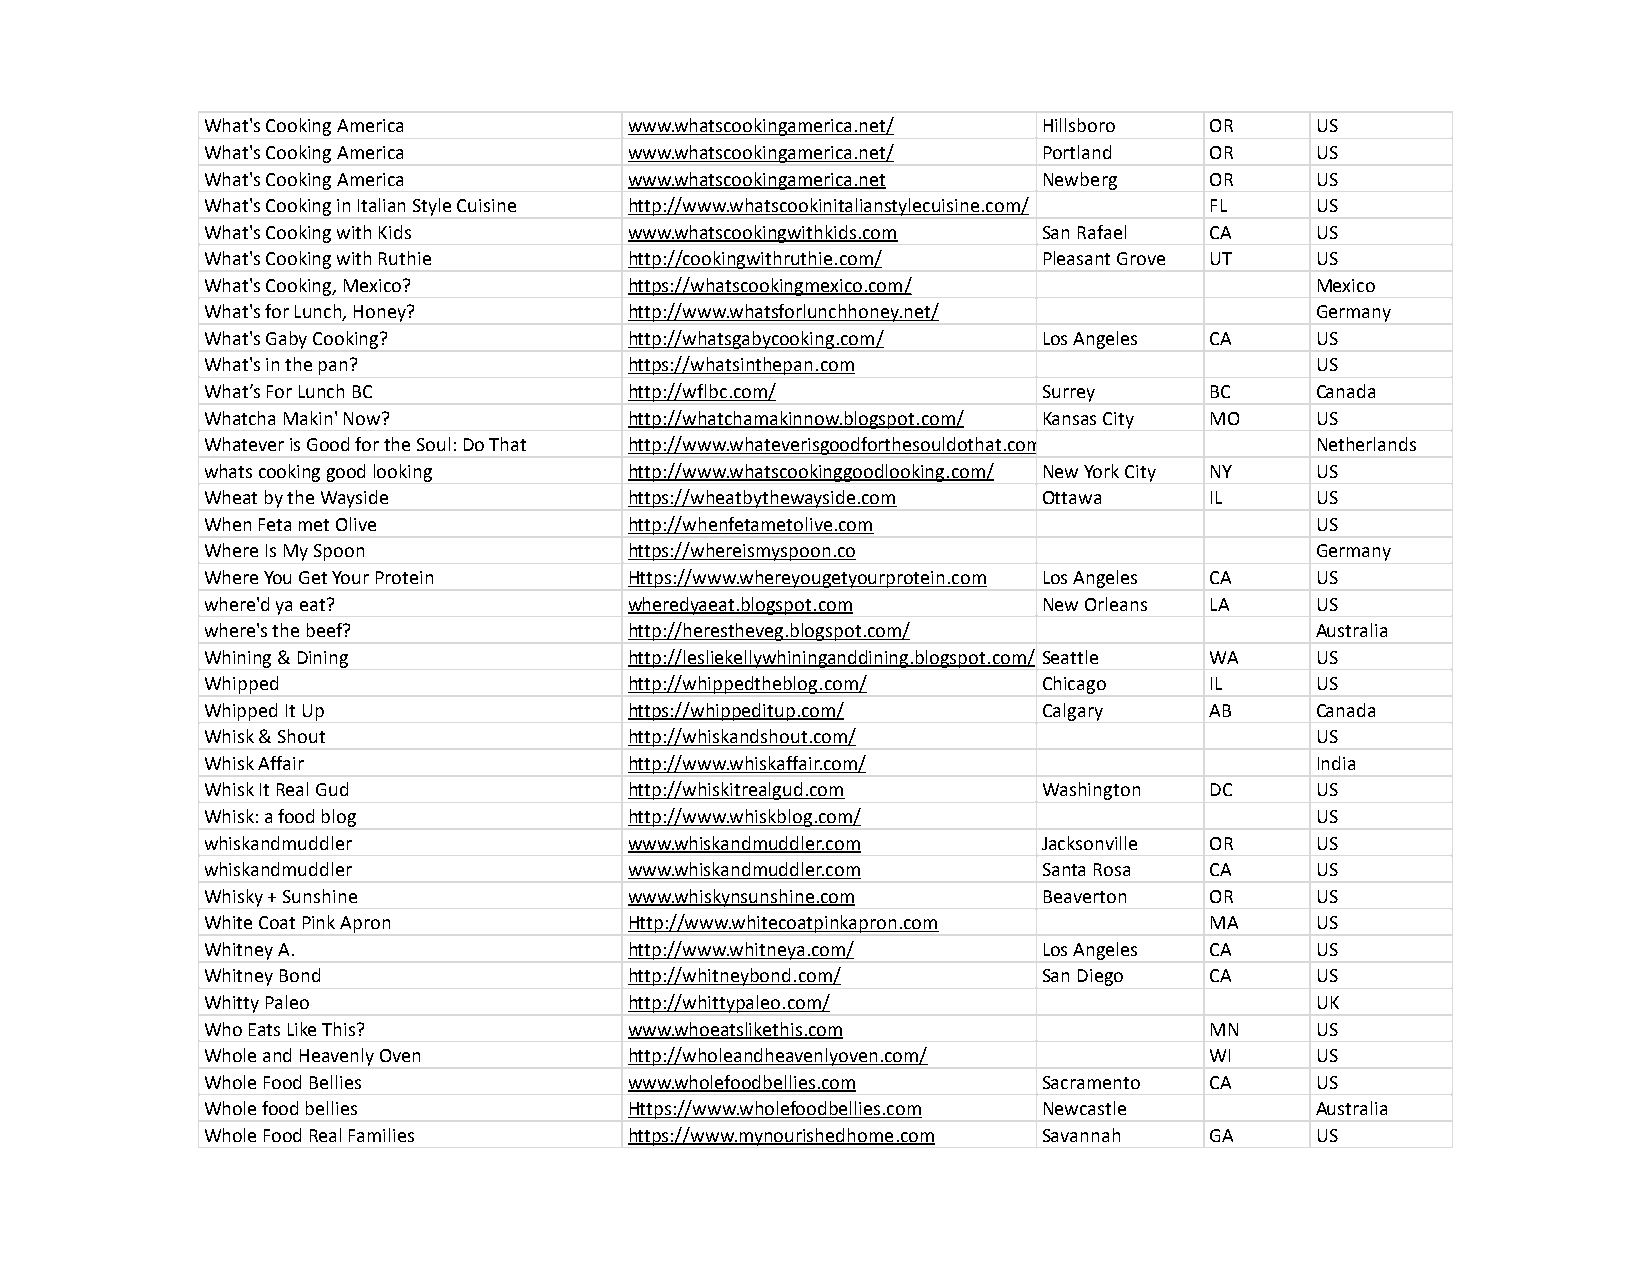
What's Cooking America      www.whatscookingamerica.net/ Hillsboro OR    US
 What's Cooking America      www.whatscookingamerica.net/ Portland OR     US
 What's Cooking America      www.whatscookingamerica.net Newberg   OR     US
 What's Cooking in Italian Style Cuisine http://www.whatscookinitalianstylecuisine.com/ FL US
 What's Cooking with Kids    www.whatscookingwithkids.com San Rafael CA   US
 What's Cooking with Ruthie  http://cookingwithruthie.com/ Pleasant Grove UT US
 What's Cooking, Mexico?     https://whatscookingmexico.com/              Mexico
 What's for Lunch, Honey?    http://www.whatsforlunchhoney.net/           Germany
 What's Gaby Cooking?        http://whatsgabycooking.com/ Los Angeles CA  US
 What's in the pan?          https://whatsinthepan.com                    US
 What’s For Lunch BC         http://wflbc.com/          Surrey     BC     Canada
 Whatcha Makin' Now?         http://whatchamakinnow.blogspot.com/ Kansas City MO US
 Whatever is Good for the Soul: Do That http://www.whateverisgoodforthesouldothat.com/ Netherlands
 whats cooking good looking  http://www.whatscookinggoodlooking.com/ New York City NY US
 Wheat by the Wayside        https://wheatbythewayside.com Ottawa  IL     US
 When Feta met Olive         http://whenfetametolive.com                  US
 Where Is My Spoon           https://whereismyspoon.co                    Germany
 Where You Get Your Protein  Https://www.whereyougetyourprotein.com Los Angeles CA US
 where'd ya eat?             wheredyaeat.blogspot.com   New Orleans LA    US
 where's the beef?           http://herestheveg.blogspot.com/             Australia
 Whining & Dining            http://lesliekellywhininganddining.blogspot.com/ Seattle WA US
 Whipped                     http://whippedtheblog.com/ Chicago    IL     US
 Whipped It Up               https://whippeditup.com/   Calgary    AB     Canada
 Whisk & Shout               http://whiskandshout.com/                    US
 Whisk Affair                http://www.whiskaffair.com/                  India
 Whisk It Real Gud           http://whiskitrealgud.com  Washington DC     US
 Whisk: a food blog          http://www.whiskblog.com/                    US
 whiskandmuddler             www.whiskandmuddler.com    Jacksonville OR   US
 whiskandmuddler             www.whiskandmuddler.com    Santa Rosa CA     US
 Whisky + Sunshine           www.whiskynsunshine.com    Beaverton  OR     US
 White Coat Pink Apron       Http://www.whitecoatpinkapron.com     MA     US
 Whitney A.                  http://www.whitneya.com/   Los Angeles CA    US
 Whitney Bond                http://whitneybond.com/    San Diego  CA     US
 Whitty Paleo                http://whittypaleo.com/                      UK
 Who Eats Like This?         www.whoeatslikethis.com               MN     US
 Whole and Heavenly Oven     http://wholeandheavenlyoven.com/      WI     US
 Whole Food Bellies          www.wholefoodbellies.com   Sacramento CA     US
 Whole food bellies          Https://www.wholefoodbellies.com Newcastle   Australia
 Whole Food Real Families    https://www.mynourishedhome.com Savannah GA  US